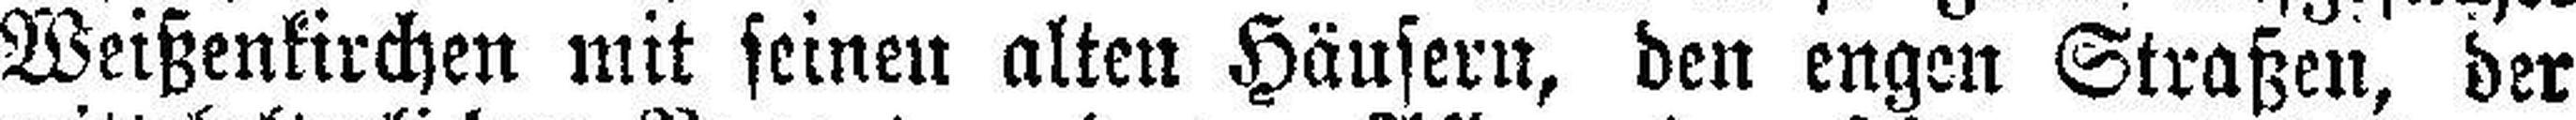
Weißenkirchen mit seinen alten Häusern, den engen Straßen, der